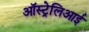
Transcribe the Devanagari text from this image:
ऑस्ट्रेलिआई